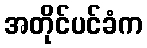
အတိုင်ပင်ခံက